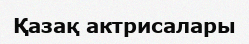
Қазақ актрисалары